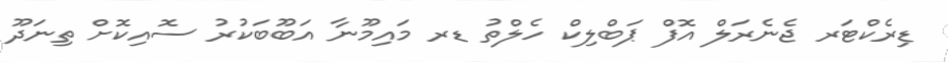
ޑިރެކްޓަރ ޖެނެރަލް އޮފް ޕަބްލިކް ހެލްތު ޑރ މައިމޫނާ އަބޫބަކުރު ސޮއިކޮށް ތިނަދޫ